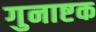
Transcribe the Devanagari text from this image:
गुनाष्टक